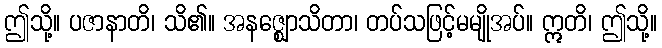
ဤသို့။ ပဇာနာတိ၊ သိ၏။ အနဇ္ဈောသိတာ၊ တပ်သဖြင့်မမျိုအပ်။ ဣတိ၊ ဤသို့။